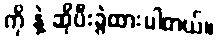
ကို နဲ့ ဆိုပီးခွဲထားပါတယ်။